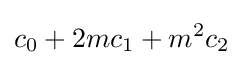
c_{0}+2mc_{1}+m^{2}c_{2}